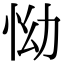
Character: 怮